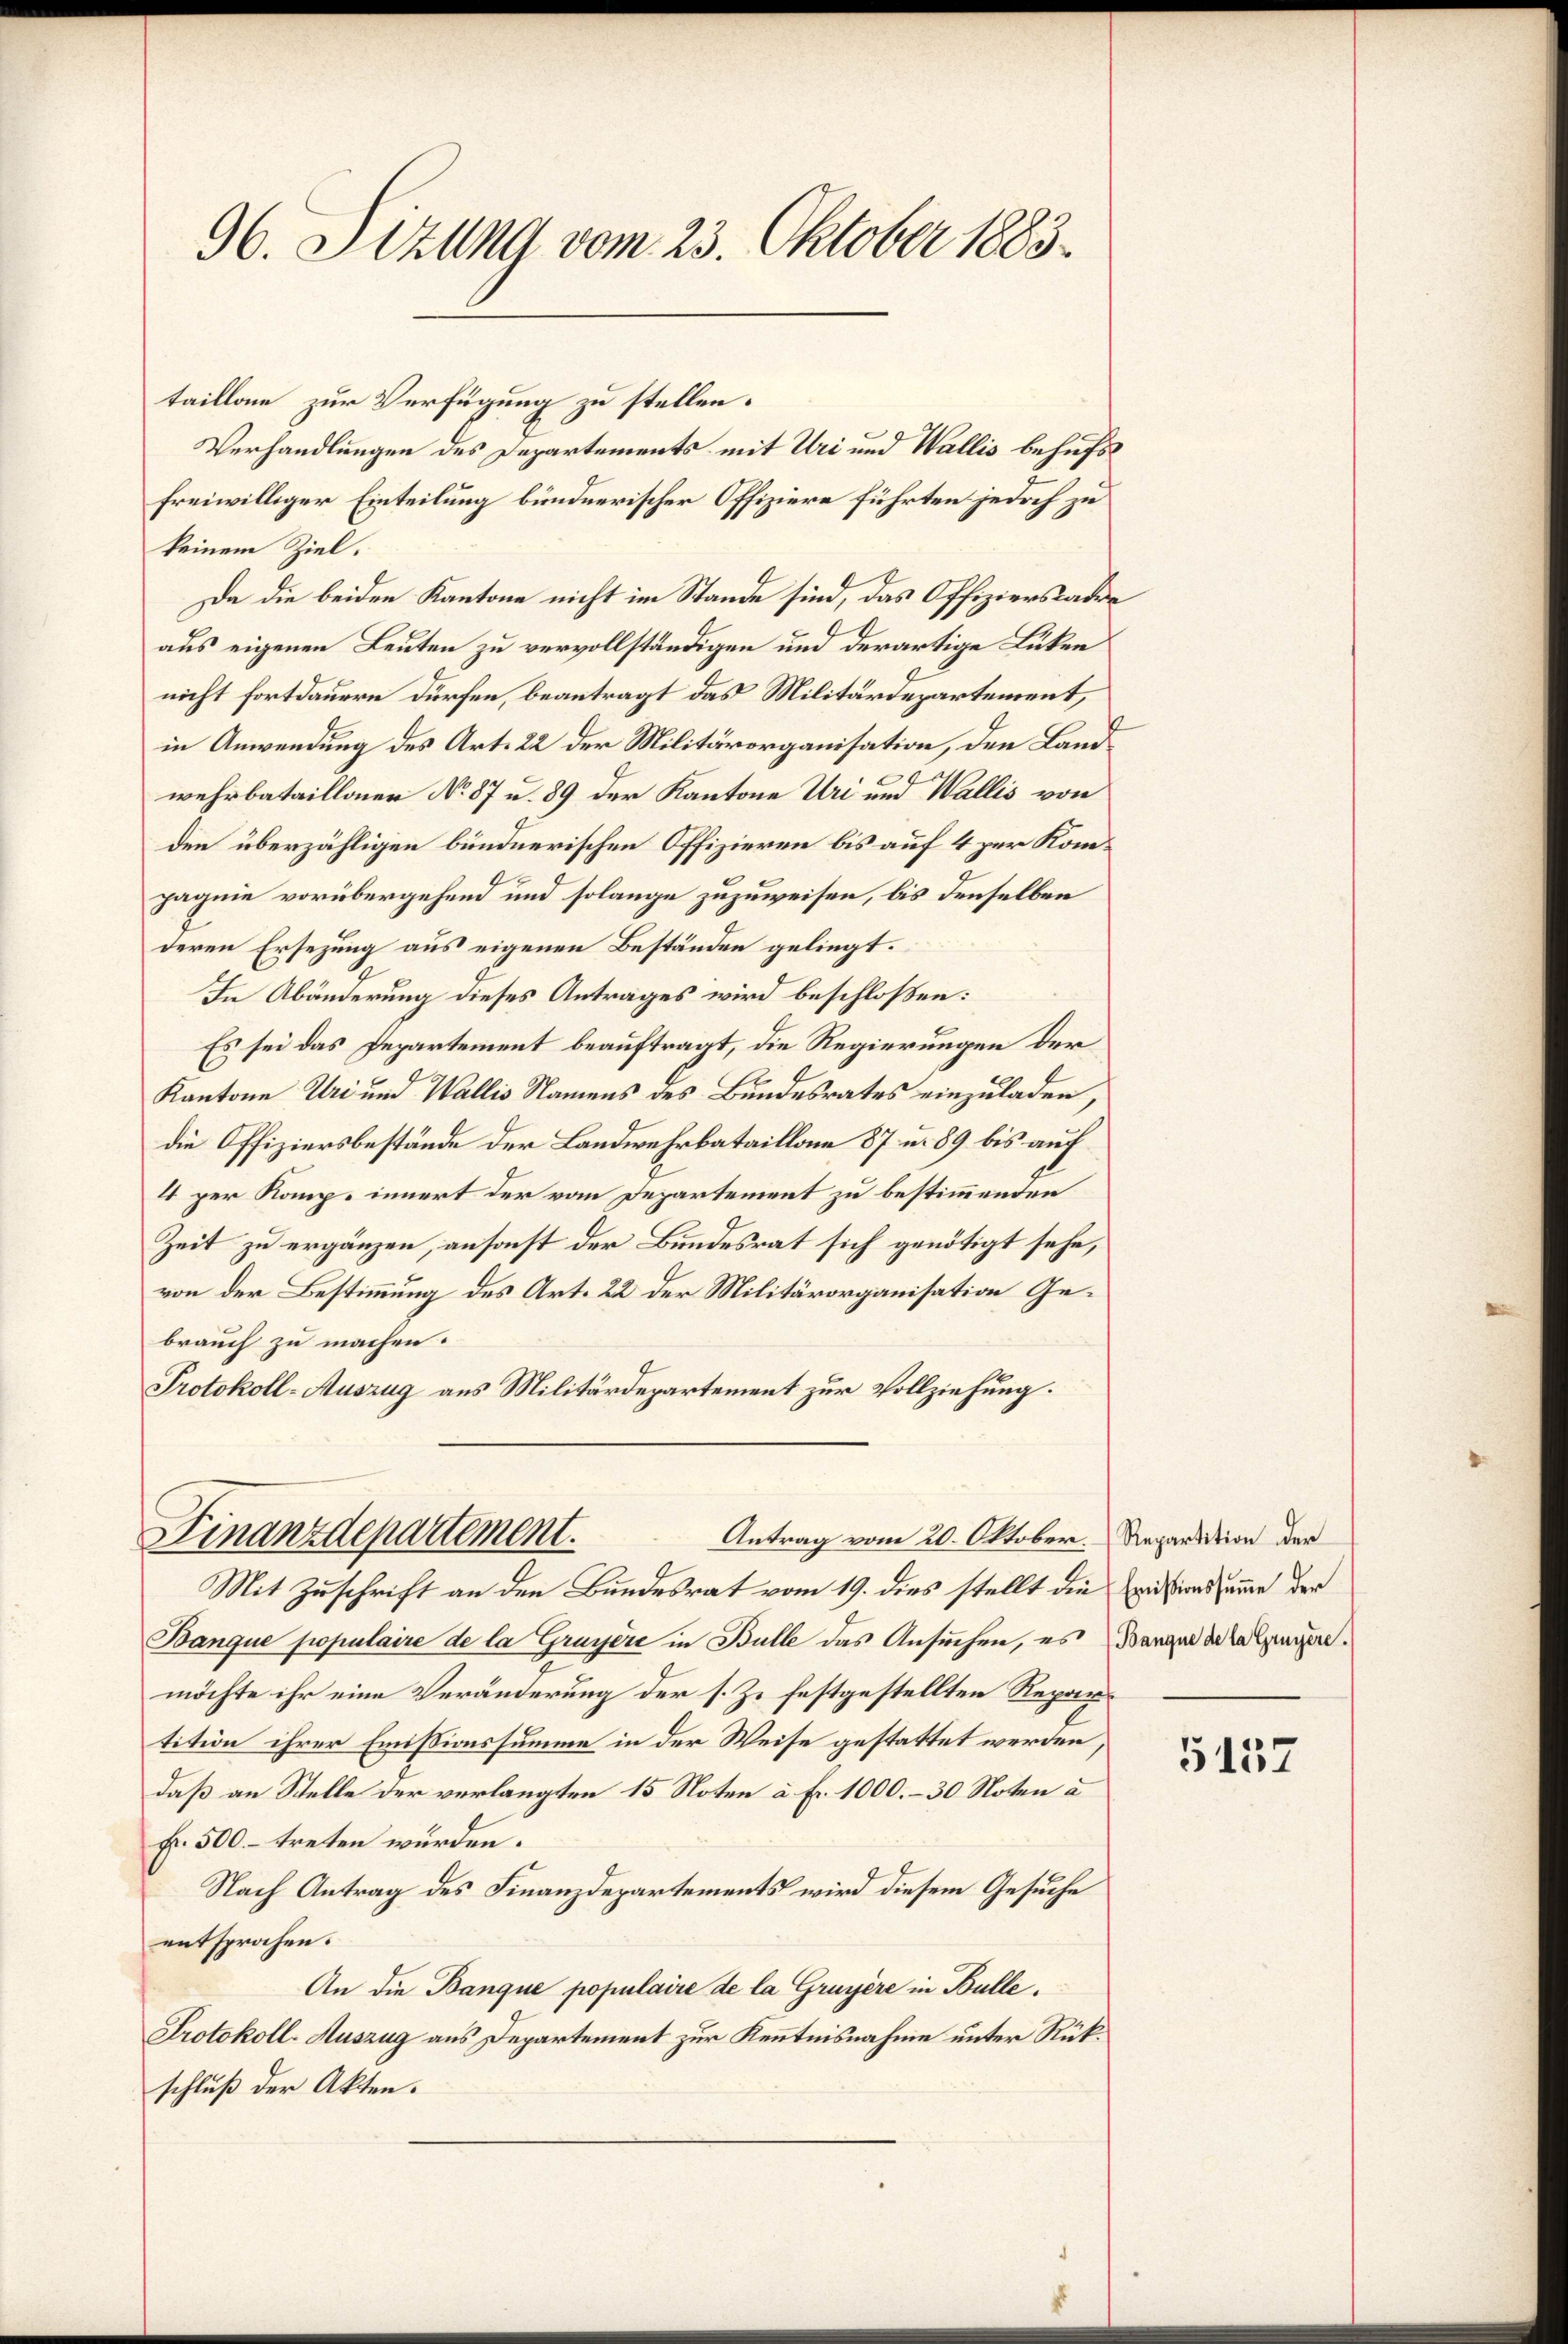
96. Sizung vom 23. Oktober 1883.

taillone zur Verfügung zu stellen.
freiwilliger Einteilung bündnerischer Offiziere führten jedoch zu
keinem Ziel.
Da die beiden Kantone nicht im Stande sind, das Offiziersrader
aus eigenen Leuten zu vervollständigen und derartige Lücken
nicht fortdauern dürfen, beantragt das Militärdepartement,
in Anwendung des Art. 22 der Militärorganisation, den Landwehrbataillonen No 87 u. 89 der Kantone Uri und Wallis von
den überzähligen bündnerischen Offizieren bis auf 4 zur Kom¬
.
pagnie vorübergehend und solange zuzuweisen, bis denselben
deren Ersezung aus eigenen Beständen geliegt.
In Abänderung dieses Antrages wird beschloßen:
Es sei das Departement beauftragt, die Regierungen der
Kantone Uri und Wallis Namens des Bundesrates einzuladen,
die Offiziersbestände der Landwehrbataillone 87 u. 89 bis auf
4 per Komp. innert der vom Departement zu bestimmenden
Zeit zu ergänzen, ansonst der Bundesrat sich genötigt sehe,
von der Bestimmung des Art. 22 der Militärorganisation Gebrauch zu machen.
Protokoll-Auszug aus Militärdepartement zur Vollziehung.

Verhandlungen des Departements mit Uri und Wallis behufs

Finanzdepartement.
Antrag vom 20. Oktober. Repartition der

Mit Zuschrift an den Bundesrat vom 19. dies stellt die Existinsame der
Banque populaire de la Gruyère in Bulle das Ansuchen, es Barger de letzungen.
möchte ihr eine Veränderung der s. Z. festgestellten Repartition ihrer Emissionssumme in der Weise gestattet werden,
daß an Stelle der verlangten 15 Noten à Fr. 1000.–30 Noten a
Fr. 500.- treten würden.
Nach Antrag des Finanzdepartements wird diesem Gesuche
entsprochen.
An die Banque populaire de la Gruyère in Bulle.
Protokoll-Auszug aus Departement zur Kenntnisnahme unter Rükschluß der Akten.

5157